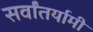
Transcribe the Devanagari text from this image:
सर्वांतर्यामी